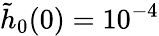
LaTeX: \tilde{h}_{0}(0)=10^{-4}